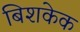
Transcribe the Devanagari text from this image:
बिशकेक